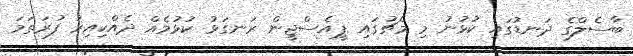
ބާސެލްގެ ދަނޑުގައި ކުޅުނު މި މެޗުގައި ޕީއެސްޖީން ރަނގަޅު ކުޅުމެއް ދެއްކިއިރު ފުރަތަމަ